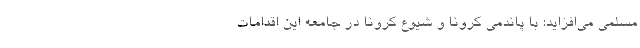
مسلمی می‌افزاید: با پاندمی کرونا و شیوع کرونا در جامعه این اقدامات